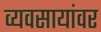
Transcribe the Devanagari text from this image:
व्यवसायांवर